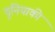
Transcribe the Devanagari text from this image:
दुनियाकी